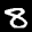
Label: 8